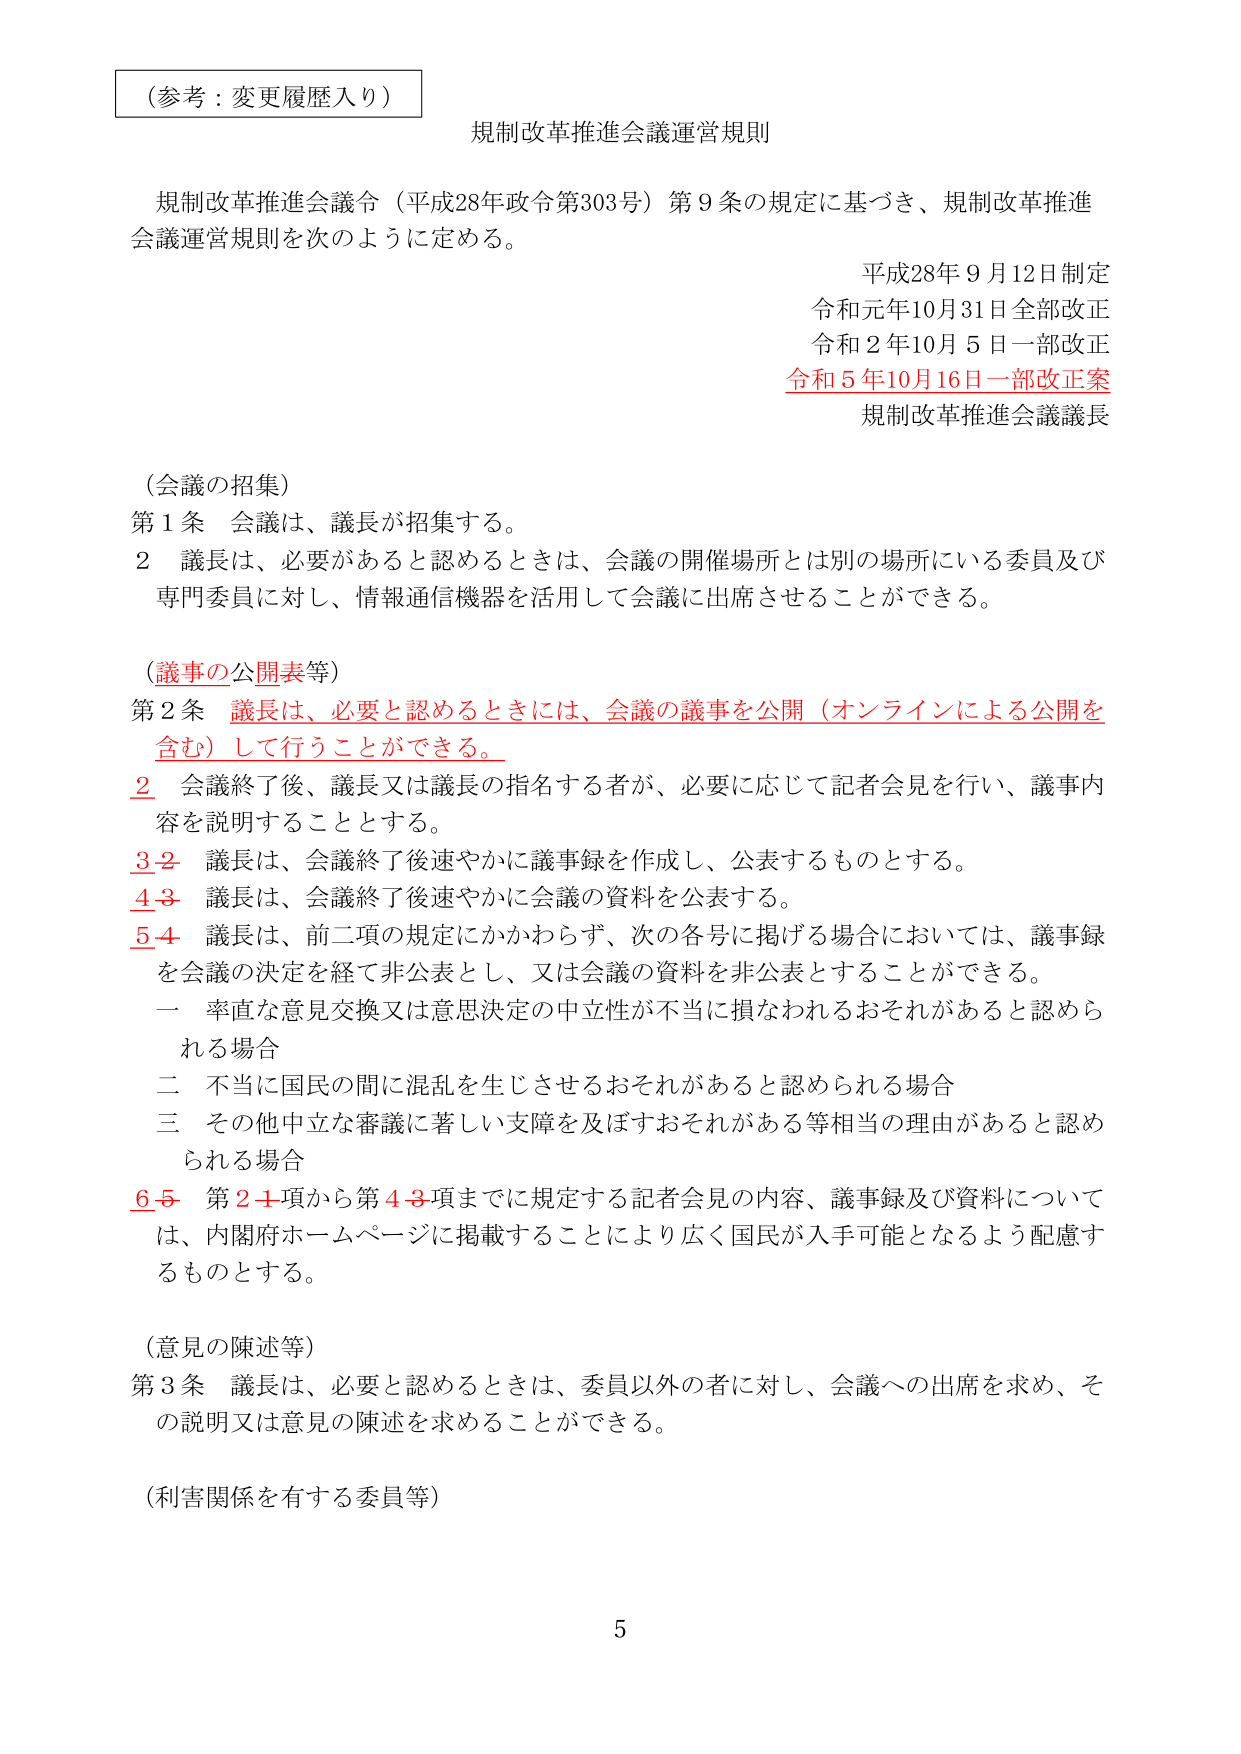
（参考：変更履歴入り）

規制改革推進会議運営規則

規制改革推進会議令（平成28年政令第303号）第９条の規定に基づき、規制改革推進会議運営規則を次のように定める。

平成28年９月12日制定
令和元年10月31日全部改正
令和２年10月５日一部改正
令和５年10月16日一部改正案
規制改革推進会議議長

（会議の招集）
第１条 会議は、議長が招集する。
２ 議長は、必要があると認めるときは、会議の開催場所とは別の場所にいる委員及び専門委員に対し、情報通信機器を活用して会議に出席させることができる。

（議事の公開表等）
第２条 議長は、必要と認めるときには、会議の議事を公開（オンラインによる公開を含む）して行うことができる。
２ 会議終了後、議長又は議長の指名する者が、必要に応じて記者会見を行い、議事内容を説明することとする。
３-２ 議長は、会議終了後速やかに議事録を作成し、公表するものとする。
４-３ 議長は、会議終了後速やかに会議の資料を公表する。
５-４ 議長は、前二項の規定にかかわらず、次の各号に掲げる場合においては、議事録を会議の決定を経て非公表とし、又は会議の資料を非公表とすることができる。
　一 率直な意見交換又は意思決定の中立性が不当に損なわれるおそれがあると認められる場合
　二 不当に国民の間に混乱を生じさせるおそれがあると認められる場合
　三 その他中立な審議に著しい支障を及ぼすおそれがある等相当の理由があると認められる場合
６-５ 第２項から第４項までに規定する記者会見の内容、議事録及び資料については、内閣府ホームページに掲載することにより広く国民が入手可能となるよう配慮するものとする。

（意見の陳述等）
第３条 議長は、必要と認めるときは、委員以外の者に対し、会議への出席を求め、その説明又は意見の陳述を求めることができる。

（利害関係を有する委員等）

5